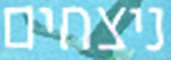
ניצחים